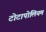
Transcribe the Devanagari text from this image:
टोटापोलियम